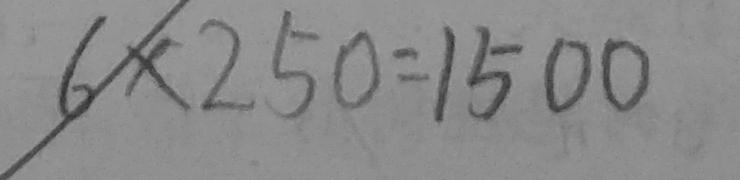
6 \times 2 5 0 = 1 5 0 0